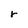
Character: r